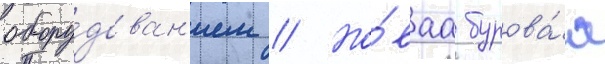
обору́дован'ием // Но́ваа бурова́я